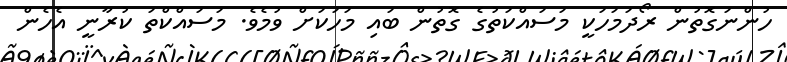
ހުންނަގޮތުން ރޯދަމަހަކީ މަސައްކަތުގެ ގޮތުން ބައި މަހަކަށް ވުމެވެ. މަސައްކްތަ ކުރާނީ އެެހެން